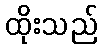
ထိုးသည်